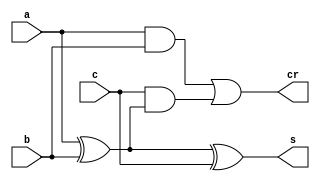
module fa_data (a,b,c,s,cr);
input a,b,c;
output s,cr;
assign s=a^b^c;
assign cr=(a & b) | c & (a^b);
endmodule